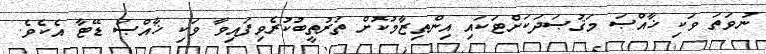
ނުވަތަ ވަކި ޚާއްޞަ މަޤުޞަދަކަށްޓަކައި އިންތިޒާމުކޮށް ތަރުތީބުކުރެވިފައިވާ ވަކި ޚާއްޞަ ޑޭޓާ އެކެވެ.